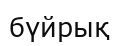
бүйрық